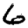
Digit: 6